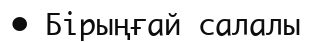
•	Бірыңғай салалы